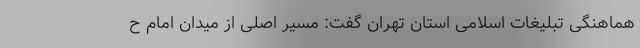
هماهنگی تبلیغات اسلامی استان تهران گفت: مسیر اصلی از میدان امام ح